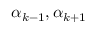
\alpha _ { k - 1 } , \alpha _ { k + 1 }